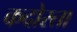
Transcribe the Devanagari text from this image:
कदोरता